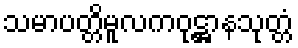
သမာပတ္တိမူလကဝုဋ္ဌာနသုတ္တံ